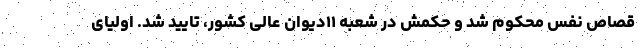
قصاص نفس محکوم شد و حکمش در شعبه ۱۱دیوان عالی کشور، تایید شد. اولیای